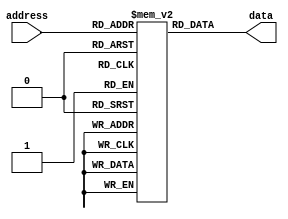
module memory_blocks_antifuse_rom(
    input wire [7:0] address,
    output reg [7:0] data
);

reg [7:0] mem [255:0]; // 256 memory cells

initial begin
    // initialize memory values using anti-fuse elements
    // for example: mem[0] = 8'b00000000;
    //                mem[1] = 8'b11110000;
    //                mem[2] = 8'b11001100;
    //                ...
end

always @(*) begin
    // read data from memory based on address input
    data = mem[address];
end

endmodule